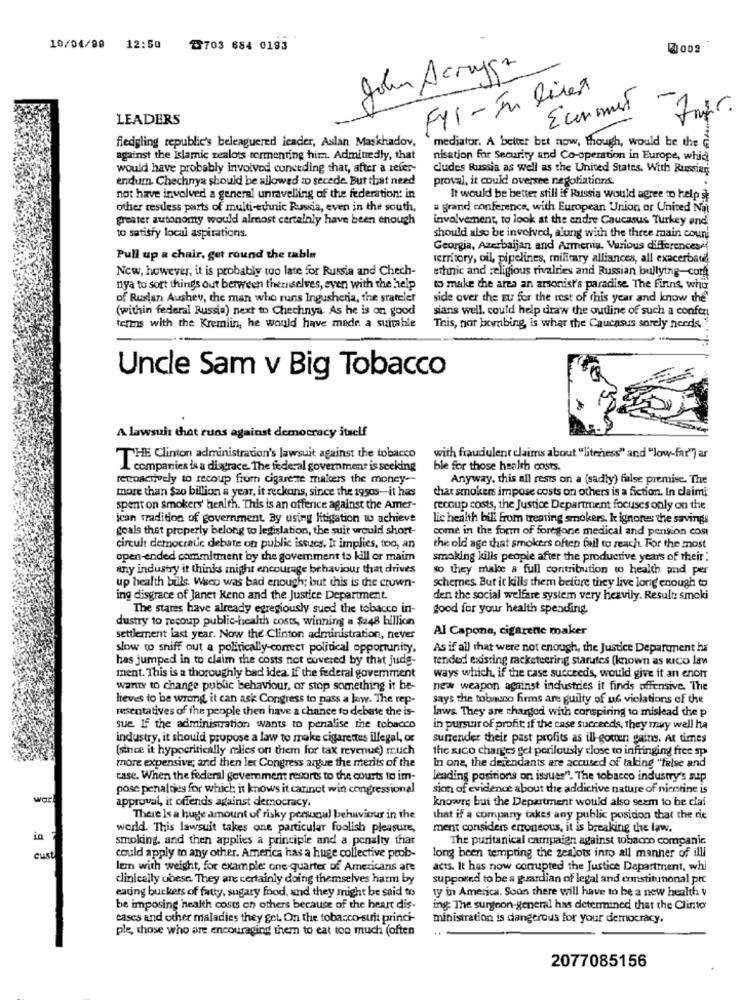
10/04/90 12:50
৳703 684 0193
2002
John Scruggs
32
F11 - In lives
-
Economist
LEADERS
fledgling republic's beleaguered leader, Aslan Maskhadov.
mediator. A better bet now, though, would be the G
against the Islamic zealots tormenting him. Admittedly, that
nisation for Security and Co-operation in Europe, whid
would have probably involved conceding that, after a refer-
dudes Russia as well as the United States. With Russiari
endum. Chechnya should be allowed to secede. But that need
proval, it could oversee negotiations.
not have involved a general unravelling of the federation: in
It would be better still if Russia would agree to help
other resdess parts of multi-ethnic Russia, even in the south,
a grand conference, with European Union or United Na
greater autonomy would almost certainly have been enough
involvement, to look at the endre Caucasus Turkey and
to satisfy local aspirations.
should also be involved, along with the three main coun
Georgia, Azerbaijan and Armenia. Various differences
Pull up a chair, get round the table
territory, oil, pipelines, military alliances, all exacerbated
Now, however, it is probably too late for Russia and Chech-
ethnic and religious rivalries and Russian bullying-coff
nya to sort things out between themselves, even with the help
to make the area an arsonist's paradise. The Finns, who
of Ruslan Aushev, the man who runs Ingusheria, the statelet
side over the zu for the rest of this year and know the'
(within federal Russia) next to Chechnya As he is on good
sians well. could help draw the outline of such a confer
tens with the Kremlin, he would have made. a suitable
This, not bombing, is what the Caucasus sorely needs "
Uncle Sam v Big Tobacco
A lawsuit that runs against democracy itself
THE Clinton administration's lawsuit against the tobacco
with fraudulent claims about "liteness" and "low-far") ar
L companies is a disgrace. The federal government is seeking
ble for those health costs.
retroactively to recoup from cigarette malcers the money-
Anyway, this all rests on a (sadly) filse premise. The
more than $20 billion a year, it reckons, since the 19sos-it has
that smokers impose costs on others is a fiction. In claimi
spent on smokers' health. This is an offerice against the Amer-
recoup costs, the Justice Department focuses only on the
ican tradition of government By using litigation w achieve
lic health bill from trening smokers. k ignores the savings
goals that properly belong to legislation, the suit would short-
come in the form of foregone medical and pension cost
circuit democratic debate on public issues. It implies, too, an
the old age that smokers often fail to reach. For the most
open-ended commitment by the government to kill or maim
smoking kills people after the productive years of their :
any industry it thinks might encourage behaviour that drives
so they make a full contribution to health and per
up health bills. Wesco was bad enough; but this is the crown-
schernes. But it kills them before they live long enough to
ing disgrace of Janet Reno and the Justice Department.
den the social welfare system very heavily. Result: smoki
The states have already egregiously sued the tobacco in-
good for your health spending.
dustry to recoup public-health costs, winning a $248 billion
Al Capone, cigarette maker
settlement last year. Now the Clinton administration, never
slow to sniff out a politically correct political opportunity,
As if all that were not enough, the Justice Department hi
has jumped in to claim the costs not covered by that judg-
tended existing racketeering starutes (known as Rico la
ment. This is a thoroughly bad idea. if the federal government
ways which, if the case succeeds, would give it an enoir
wants to change public behaviour, or stop something it be-
new weapon against industries it finds offensive. The
lieves to be wrong, it can ask Congress to pass a law. The rep-
says the tobnuno firms are guilty of us violations of the
resentatives of the people then have a chance to debate the is-
laws. They are charged with conspiring to mislead the p
sue. If the administration wants to penalise the tobacco
in pursuit of profit; if the case succeeds, they may well ha
industry, it should propose a law to make cigarettes illegal, or
surrender their past profits as ill-gotten gains. At times
(since it hypocritically relies on them for tax revenue) much
the xico charges get perilously close to infringing free sp
more expensive; and then ler Congress argue the merits of the
In one, the deiendants are accused of taking "false and
case. When the federal government resorts to the courts to im-
leading positions on issues". The tobacco industry's sup
pose penalties for which it knows it cannot win congressional
sion of evidence about the addictive nature of nicotine is
approval, it offends against democracy.
knowre but the Department would also seem to be clai
There is a huge amount of risky personal behaviour in the
that if a company takes any public position that the die
werld. This lawsuit takes one particular foolish pleasure,
ment considers erroneous, it is breaking the law.
in
smoking, and then applies a principle and a penalty that
The puritanical campaign against tobacco companic
cust
could apply to any other. America has a huge collective prob-
long been tempting the zealots into all manner of illl
len with weight, for example: one-quarter of Americans are
acts. It has now corrupted the Justice Department, whi
clinically obese. They are certainly doing themselves harm by
supposed to be a guardian of legal and constitutional pre
eating buckers of fatty, sugary food, and they might be said to
ty in America. Soun there will have to be a new health y
be imposing health costs on others because of the heart dis-
ing The surgeon general has determined that the Clintor
cases and other maladies they get. On the tobacco-suit princi-
ministration is dangerous for your democracy.
ple, those who are encouraging them to eat too much (often
2077085156